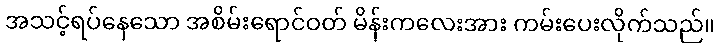
အသင့်ရပ်နေသော အစိမ်းရောင်ဝတ် မိန်းကလေးအား ကမ်းပေးလိုက်သည်။